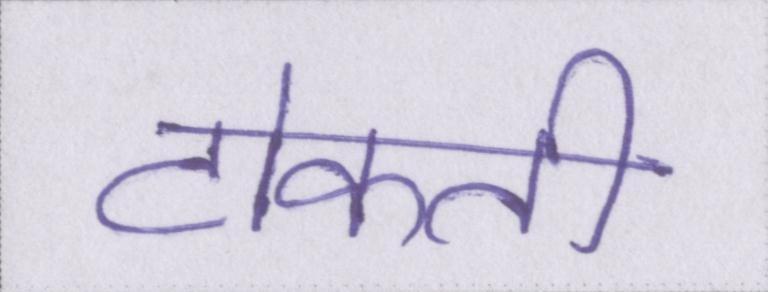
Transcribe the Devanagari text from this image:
टोकती